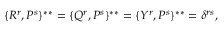
\{ { \cal R } ^ { r } , { \cal P } ^ { s } \} ^ { * * } = \{ { \cal Q } ^ { r } , { \cal P } ^ { s } \} ^ { * * } = \{ { \cal Y } ^ { r } , { \cal P } ^ { s } \} ^ { * * } = \delta ^ { r s } ,